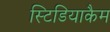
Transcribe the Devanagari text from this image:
स्टिडियाकैम